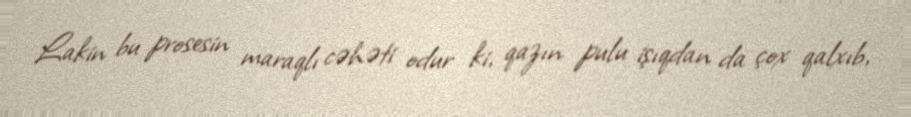
Lakin bu prosesin maraqlı cəhəti odur ki, qazın pulu işıqdan da çox qalxıb,